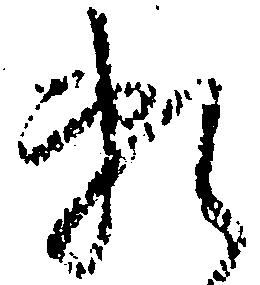
頼